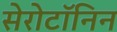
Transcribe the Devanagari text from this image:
सेरोटॉनिन